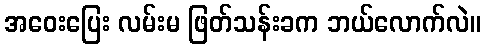
အဝေးပြေး လမ်းမ ဖြတ်သန်းခက ဘယ်လောက်လဲ။